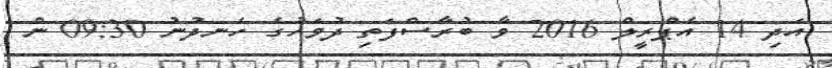
އަދި 14 އެޕްރީލް 2016 ވާ ބުރާސްފަތި ދުވަހުގެ ހެނދުނު 09:30 ން